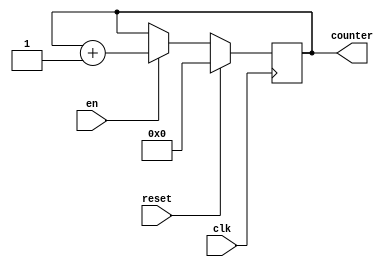
module counterr(clk, reset, en, counter);
reg [17:0] counter_up;
output[17:0] counter;
input reset, en, clk;
// up counter
always @(posedge clk)
	begin
		if(reset)
			counter_up <= 18'd0;
		else 
			if (en)
		 		counter_up <= counter_up + 18'd1;
	end 
assign counter = counter_up;
endmodule